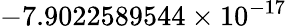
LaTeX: -7.9022589544\times 10^{-17}